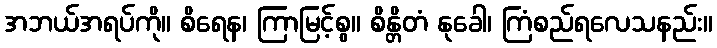
အဘယ်အရပ်ကို။ စိရေန၊ ကြာမြင့်စွ။ စိန္တိတံ နုခေါ၊ ကြံစည်ရလေသနည်း။